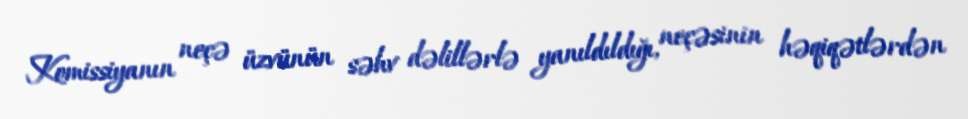
Komissiyanın neçə üzvünün səhv dəlillərlə yanıldıldığı, neçəsinin həqiqətlərdən